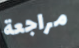
مراجعة